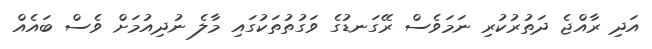
އަދި ރާއްޖެ ދަތުރުކުރި ނަމަވެސް ރޭގަނޑުގެ ވަގުތުތަކުގައި މާލެ ނުދިއުމަށް ވެސް ބައެއް